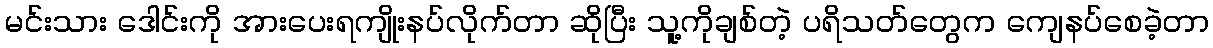
မင်းသား ဒေါင်းကို အားပေးရကျိုးနပ်လိုက်တာ ဆိုပြီး သူ့ကိုချစ်တဲ့ ပရိသတ်တွေက ကျေနပ်စေခဲ့တာ